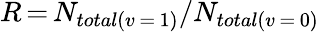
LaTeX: R\, {=}\, N_{total(v\, {=}\, 1)}/N_{total(v\, {=}\, 0)}